画像に写った文字を読んでください
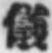
「儀」と書いてあります